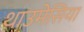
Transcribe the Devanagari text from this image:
थाउमेसिया